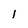
Character: l